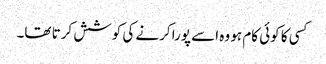
کسی کا کوئی کام ہو وہ اسے پورا کرنے کی کوشش کرتا تھا۔